Indian journal of veterinary science and animal husbandry - Volume 7,
Year: 1937
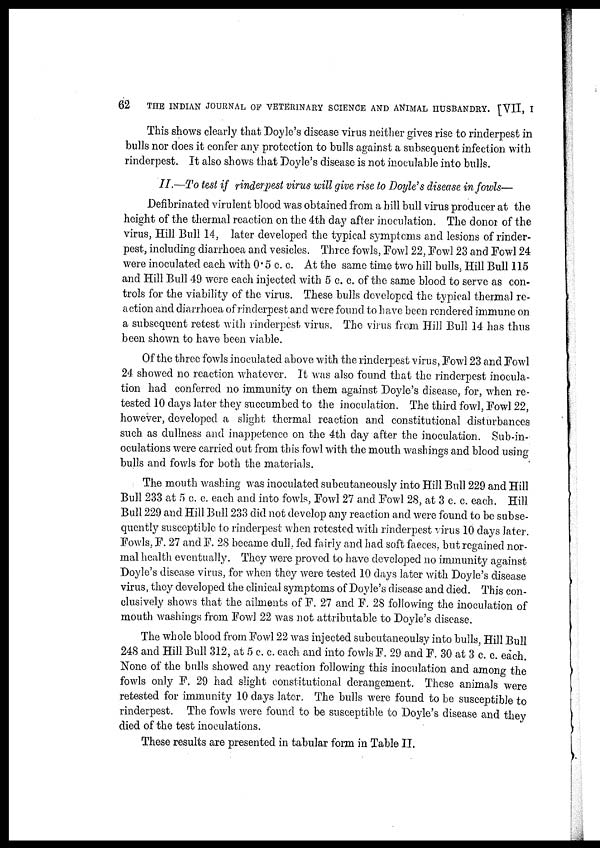
62
THE INDIAN JOURNAL OF VETERINARY SCIENCE AND ANIMAL HUSBANDRY. [VII, I
This shows clearly that Doyle's disease virus neither gives rise to rinderpest in
bulls nor does it confer any protection to bulls against a subsequent infection with
rinderpest. It also shows that Doyle's disease is not inoculable into bulls.
II.—To test if rinderpest virus will give rise to Doyle's disease in fowls—
Defibrinated virulent blood was obtained from a hill bull virus producer at the
height of the thermal reaction on the 4th day after inoculation. The donor of the
virus, Hill Bull 14, later developed the typical symptoms and lesions of rinder-
pest, including diarrhoea and vesicles. Three fowls, Fowl 22, Fowl 23 and Fowl 24
were inoculated each with 0.5 c. c. At the same time two hill bulls, Hill Bull 115
and Hill Bull 49 were each injected with 5 c. c. of the same blood to serve as con-
trols for the viability of the virus. These bulls developed the typical thermal re-
action and diarrhoea of rinderpest and were found to have been rendered immune on
a subsequent retest with rinderpest virus. The virus from Hill Bull .14 has thus
been shown to have been viable.
Of the three fowls inoculated above with the rinderpest virus, Fowl 23 and Fowl
24 showed no reaction whatever. It was also found that the rinderpest inocula-
tion had conferred no immunity on them against Doyle's disease, for, when re-
tested 10 days later they succumbed to the inoculation. The third fowl, Fowl 22,
however, developed a slight thermal reaction and constitutional disturbances
such as dullness and inappetence on the 4th day after the inoculation. Sub-in-
oculations were carried out from this fowl with the mouth washings and blood using
bulls and fowls for both the materials.
The mouth washing was inoculated subcutaneously into Hill Bull 229 and Hill
Bull 233 at 5 c. c. each and into fowls, Fowl 27 and Fowl 28, at 3 c. c. each. Hill
Bull 229 and Hill Bull 233 did not develop any reaction and were found to be subse-
quently susceptible to rinderpest when retested with rinderpest virus 10 days later.
Fowls, F. 27 and F. 28 became dull, fed fairly and had soft faeces. but regained nor-
mal health eventually. They were proved to have developed no immunity against
Doyle's disease virus, for when they were tested 10 days later with Doyle's disease
virus, they developed the clinical symptoms of Doyle's disease and died. This con-
clusively shows that the ailments of F. 27 and F. 28 following the inoculation of
mouth washings from Fowl 22 was not attributable to Doyle's disease.
The whole blood from Fowl 22 was injected subcutaneoulsy into bulls, Hill Bull
248 and Hill Bull 312, at 5 c. c. each and into fowls F. 29 and F. 30 at 3 c. c. each.
None of the bulls showed any reaction following this inoculation and among the
fowls only F. 29 had slight constitutional derangement. These animals were
retested for immunity 10 days later. The bulls were found to be susceptible to
rinderpest. The fowls were found to be susceptible to Doyle's disease and they
died of the test inoculations.
These results are presented in tabular form in Table II.